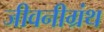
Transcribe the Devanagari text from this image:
जीवनीग्रंथ